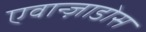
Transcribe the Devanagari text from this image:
एवान्ज़ाडोस